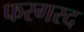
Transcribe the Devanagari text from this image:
फरगरद